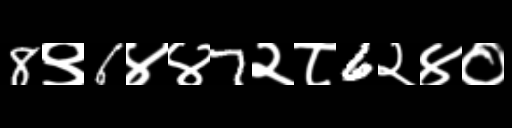
Text: 8९6४४7२८6२४०